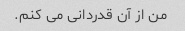
من از آن قدردانی می کنم.